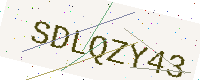
Text: SDLQZY43